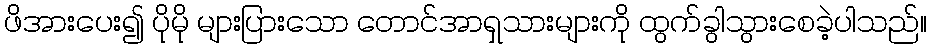
ဖိအားပေး၍ ပိုမို များပြားသော တောင်အာရှသားများကို ထွက်ခွါသွားစေခဲ့ပါသည်။